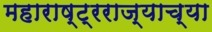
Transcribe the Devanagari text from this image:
महाराष्ट्रराज्याच्या